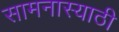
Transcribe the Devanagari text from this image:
सामनास्याठी